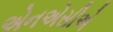
એનએસીએ